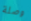
وصلة